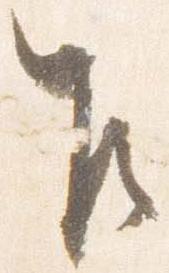
乍